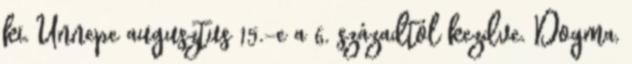
ki. Ünnepe augusztus 15.-e a 6. századtól kezdve. Dogma,